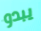
يبدو